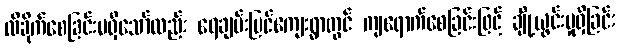
ထိခိုက်စေခြင်းမရှိသော်လည်း ရေချမ်းပြင်ကျေးရွာတွင် ကျရောက်စေခြင်းဖြင့် ချို့ယွင်းမှုရှိခြင်း